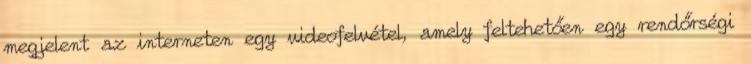
megjelent az interneten egy videofelvétel, amely feltehetően egy rendőrségi